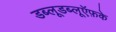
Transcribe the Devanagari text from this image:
डब्लूडब्लूऍफ़के